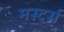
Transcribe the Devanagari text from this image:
मस्टर्स